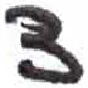
אות: צ